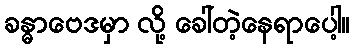
ခန္ဓာဗေဒမှာ လို့ ခေါ်တဲ့နေရာပေါ့။